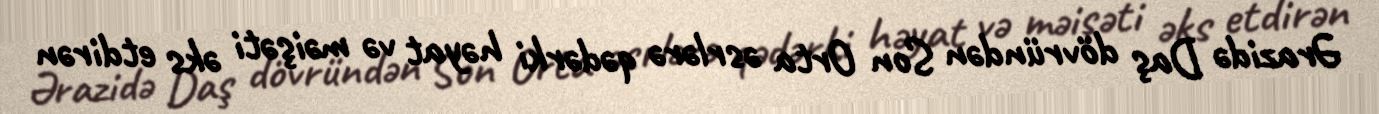
Ərazidə Daş dövründən Son Orta əsrlərə qədərki həyat və məişəti əks etdirən